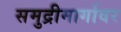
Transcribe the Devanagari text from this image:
समुद्रीमार्गावर